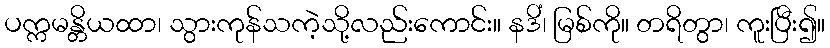
ပက္ကမန္တိယထာ၊ သွားကုန်သကဲ့သို့လည်းကောင်း။ နဒိံ၊ မြစ်ကို။ တရိတွာ၊ ကူးပြီး၍။